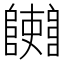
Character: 𨽄